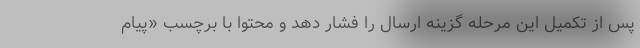
پس از تکمیل این مرحله گزینه ارسال را فشار دهد و محتوا با برچسب «پیام